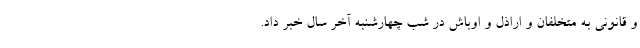
و قانونی به متخلفان و اراذل و اوباش در شب چهارشنبه آخر سال خبر داد.